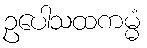
ဥပေါသထကမ္မံ